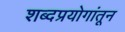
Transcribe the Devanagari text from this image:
शब्दप्रयोगांतून